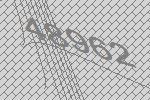
48962